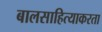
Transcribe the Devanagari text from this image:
बालसाहित्याकरता